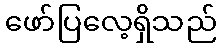
ဖော်ပြလေ့ရှိသည်